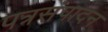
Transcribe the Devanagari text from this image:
पत्रसंपादन